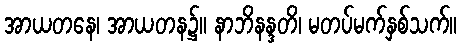
အာယတနေ၊ အာယတန၌။ နာဘိနန္ဒတိ၊ မတပ်မက်နှစ်သက်။